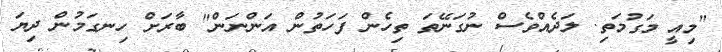
"މިއީ މަގުމަތި. ލަދެއްވެސް ނުގަނޭތަ ތިހެން ފަހަތުން އަންނަން" ބާރަށް ހިނގަމުން ދިޔަ